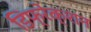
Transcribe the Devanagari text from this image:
डिफ्रेक्शन